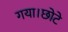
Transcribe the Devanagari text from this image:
गया।छोटे